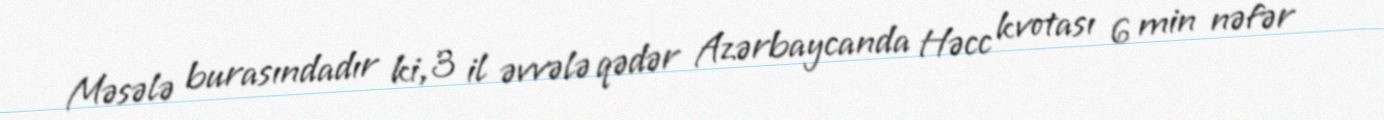
Məsələ burasındadır ki, 3 il əvvələ qədər Azərbaycanda Həcc kvotası 6 min nəfər